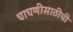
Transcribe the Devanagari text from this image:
चाचणीसाठीची